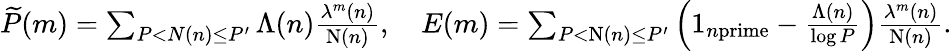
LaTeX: \begin{array}{r}{\widetilde{P}(m)=\sum_{P<N(n)\leq P^{\prime}}\Lambda(n)\frac{\lambda^{m}(n)}{\textnormal{N}(n)},\quad E(m)=\sum_{P<\textnormal{N}(n)\leq P^{\prime}}\left(1_{n\textnormal{prime}}-\frac{\Lambda(n)}{\log P}\right)\frac{\lambda^{m}(n)}{\textnormal{N}(n)}.}\end{array}